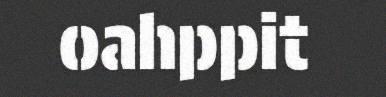
oahppit